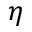
\eta